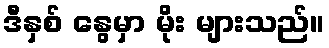
ဒီနှစ် နွေမှာ မိုး များသည်။